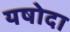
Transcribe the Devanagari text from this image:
यषोदा